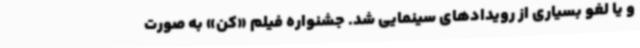
و یا لغو بسیاری از رویدادهای سینمایی شد. جشنواره فیلم «کن»‌ به صورت